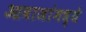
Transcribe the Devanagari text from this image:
आवाजांमध्ये